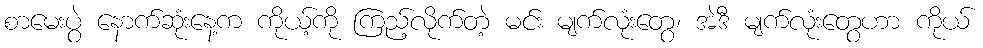
စာမေးပွဲ နောက်ဆုံးနေ့က ကိုယ့်ကို ကြည့်လိုက်တဲ့ မင်း မျက်လုံးတွေ၊ အဲဒီ မျက်လုံးတွေဟာ ကိုယ်